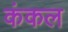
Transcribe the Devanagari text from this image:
कंकल